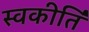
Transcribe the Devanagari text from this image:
स्वकीर्तिं